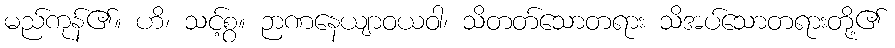
မည်ကုန်၏။ ဟိ၊ သင့်စွ။ ဉာဏနေယျာဝယဝါ၊ သိတတ်သောတရား သိအပ်သောတရားတို့၏